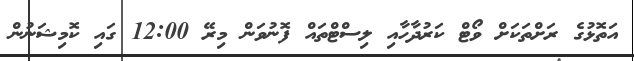
އަތޮޅުގެ ރަށްތަކަށް ވޯޓް ކަރުދާހާއި ލިސްޓްތައް ފޮނުވަން މިރޭ 12:00 ގައި ކޮމިޝަނުން